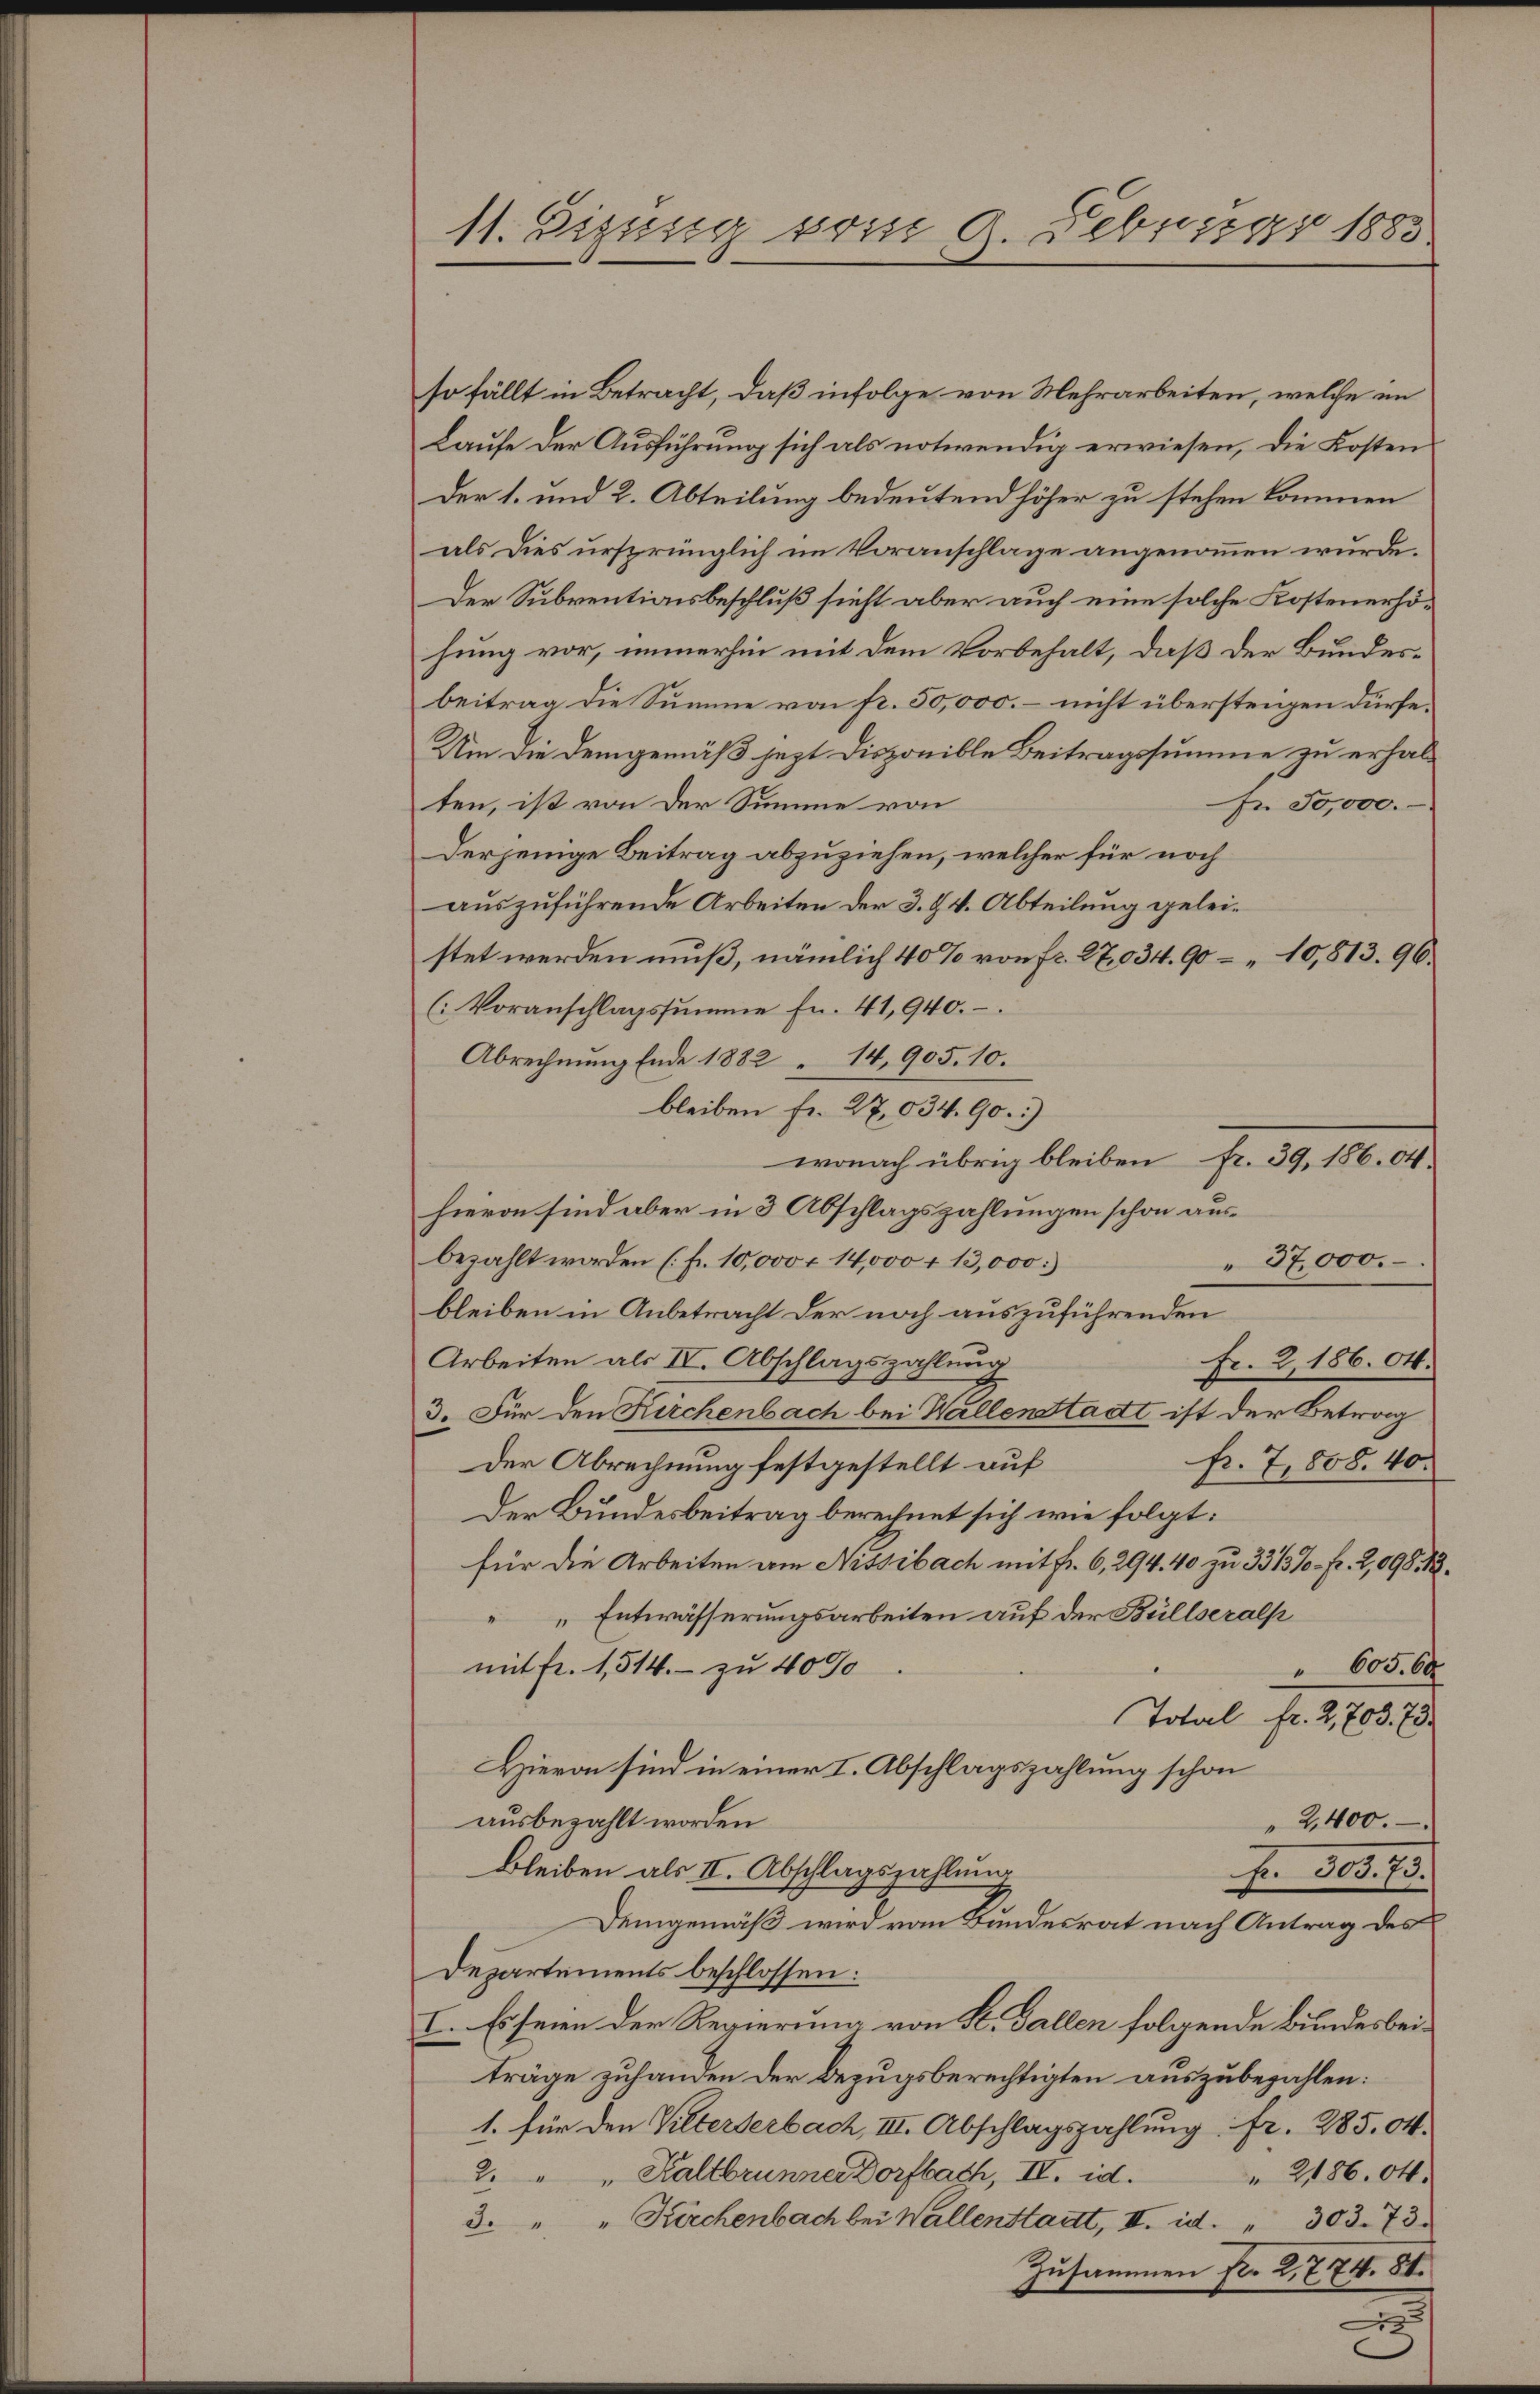
11. Sizung vom 8. Februar 1883

so fällt in Betracht, daß infolge von Mehrarbeiten, welche im
Laufe der Ausführung sich als notwendig erwiesen, die Kosten
der 1. und 2. Abteilung bedeutend höher zu stehen kommen
als dies ursprünglich im Voranschlage angenommen würde.
Der Subventionsbeschluß sieht aber auch eine solche Kostenerhöhung vor, immerhin mit dem Vorbehalt, daß der Bundesbeitrag die Summe von fr. 50,000. – nicht übersteigen dürfe.
Um die Demgemäß jezt disponible Beitragssumme zu erhalt
ten, ist von der Summe von
Fr. 50,000.
Derjenige Beitrag abzuziehen, welcher für noch
auszuführende Arbeiten der 3. 94. Abteilung geleistet werden muß, nämlich 40% von fr. 27,034. 90 – 10,813. 96.
(Voranschlagssumme fr. 41,940.
Abrechnung Ende 1882 " 14,905. 10.
bleiben fr. 27,034. 90.)
wonach übrig bleiben Fr. 39, 186. 04.
hievon sind aber in 3 Abschlagszahlungen schon ausbezahlt worden (fr. 10,000 - 14,000 + 13,000.
37,000.
bleiben in Anbetracht der noch auszuführenden
Arbeiten als IV. Abschlagszahlung
Fr. 2, 186. 04.
3. Für den Kirchenbach bei Wallenstadt ist der Betrag
Der Abrechnung festgestellt auf
fr. 7, 808. 40.
Der Bundesbeitrag berechnet sich wie folgt:
für die Arbeiten am Nissibach mit Fr. 6, 294. 40 zu 33/3% - Fr. 2,098. 12.
Entwässerungsarbeiten auf der Büllseralp
mit Fr. 1,514. - zu 40%
605. 64
Total fr. 2, 703. 73.
Hievon sind in einer I. Abschlagszahlung schon
ausbezahlt worden
2,400.
Bleiben als II. Abschlagszahlung
Fr. 303. 73.
Demgemäß wird von Bundesrat nach Antrag des
Departements beschlossen:
I. Es seien der Regierung von K. Gallen folgende Bundesbeiträge zuhanden der Bezugsberechtigten auszubezahlen:
1. für den Wilterterbach, III. Abschlagszahlung fr. 285. 04.
2. " " Kaltbrunner Dorfbach, II. id.
2186. Okt.
3. " " Kirchenbach bei Wallenstadt, II. id. " 303. 73.
Zusammen fr. 2. 774. 81.